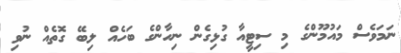
ނަމަވެސް މައުމޫންގެ މި ސިޓީއާ ގުޅިގެން ނިހާންގެ ބަހެއް ލިބޭ ގޮތެއް ނުވި